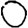
Digit: 0